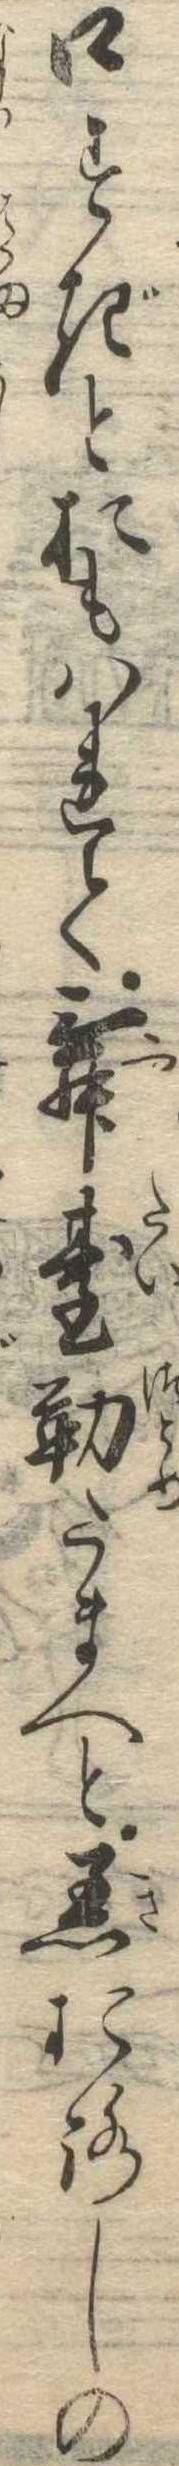
口すぎとおもはれて舞台勤たまへと着おろしの